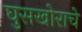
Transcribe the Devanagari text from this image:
घुसखोराचे